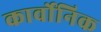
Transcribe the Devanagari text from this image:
कार्वोनिक